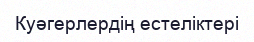
Куәгерлердің естеліктері